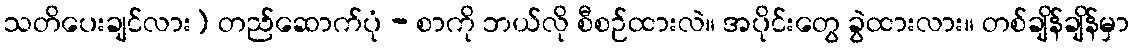
သတိပေးချင်လား) တည်ဆောက်ပုံ - စာကို ဘယ်လို စီစဉ်ထားလဲ။ အပိုင်းတွေ ခွဲထားလား။ တစ်ချိန်ချိန်မှာ